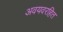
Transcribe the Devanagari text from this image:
अवयवरहित